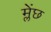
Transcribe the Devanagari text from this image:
म्लेंछ